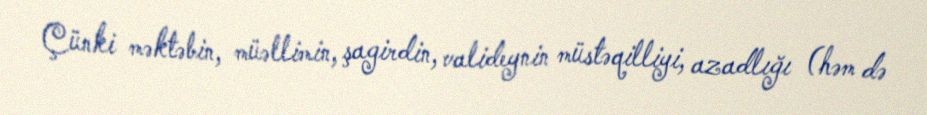
Çünki məktəbin, müəllimin, şagirdin, valideynin müstəqilliyi, azadlığı (həm də